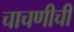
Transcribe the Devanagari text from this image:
चाचणीची